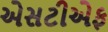
એસટીએફ